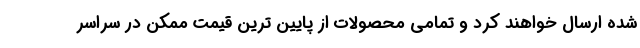
شده ارسال خواهند کرد و تمامی محصولات از پایین ترین قیمت ممکن در سراسر